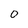
Character: o